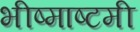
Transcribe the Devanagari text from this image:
भीष्माष्टमी